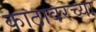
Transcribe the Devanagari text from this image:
काठावरच्या